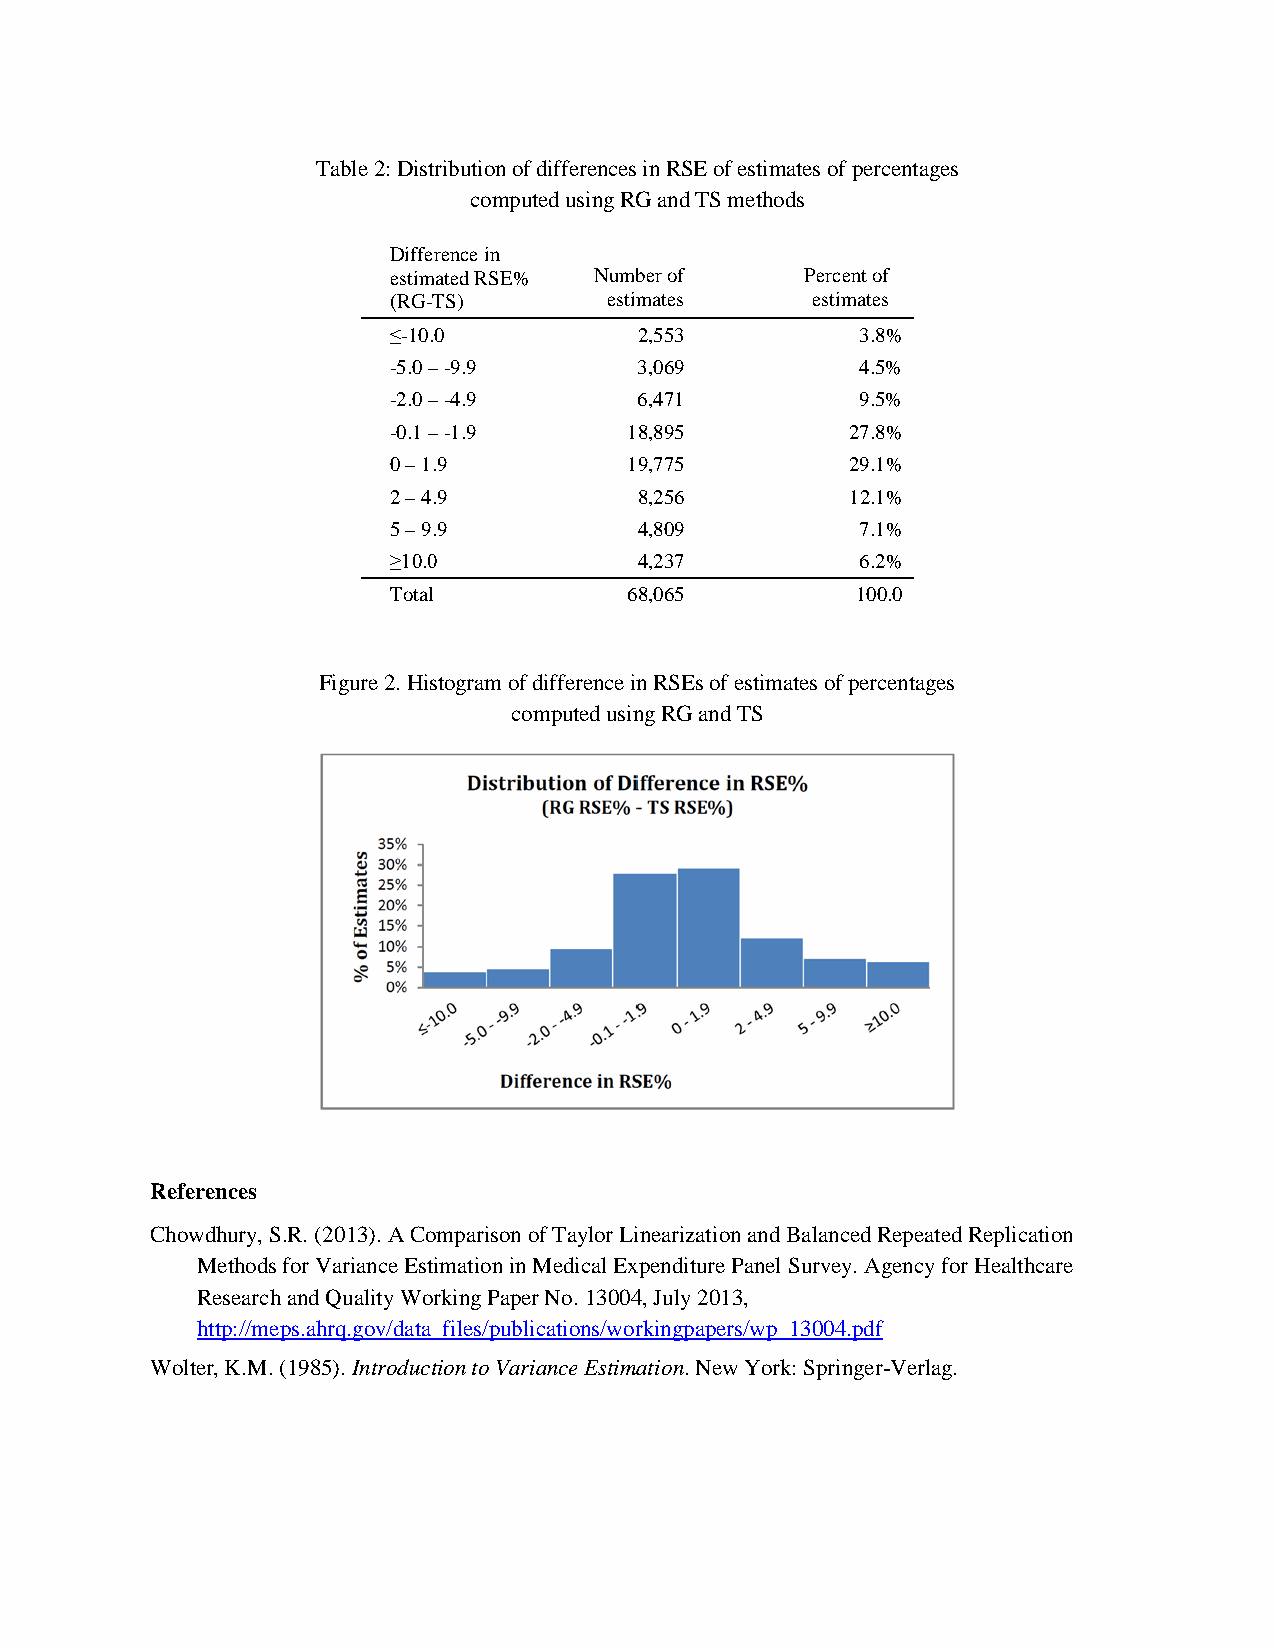
Table 2: Distribution of differences in RSE of estimates of percentages
 computed using RG and TS methods
 Difference in
 estimated RSE% Number of   Percent of
 (RG-TS)       estimates     estimates
 ≤-10.0          2,553          3.8%
 -5.0 – -9.9     3,069          4.5%
 -2.0 – -4.9     6,471          9.5%
 -0.1 – -1.9     18,895        27.8%
 0 – 1.9         19,775        29.1%
 2 – 4.9         8,256         12.1%
 5 – 9.9         4,809          7.1%
 ≥10.0           4,237          6.2%
 Total           68,065         100.0
 Figure 2. Histogram of difference in RSEs of estimates of percentages
 computed using RG and TS
 References
 Chowdhury, S.R. (2013). A Comparison of Taylor Linearization and Balanced Repeated Replication
 Methods for Variance Estimation in Medical Expenditure Panel Survey. Agency for Healthcare
 Research and Quality Working Paper No. 13004, July 2013,
 http://meps.ahrq.gov/data_files/publications/workingpapers/wp_13004.pdf
 Wolter, K.M. (1985). Introduction to Variance Estimation. New York: Springer-Verlag.